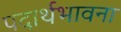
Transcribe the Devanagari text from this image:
पदार्थभावना